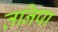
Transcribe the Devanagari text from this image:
तनिषा